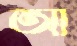
আ